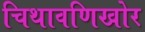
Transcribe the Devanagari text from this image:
चिथावणिखोर